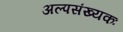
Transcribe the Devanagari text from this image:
अल्पसंख्यकः